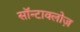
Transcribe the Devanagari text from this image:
सॉन्टाक्लोज़